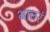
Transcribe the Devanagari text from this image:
भ्रातरं